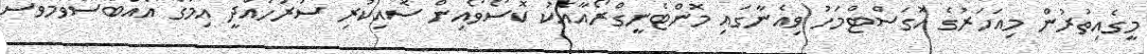
މީގެއިތުރުން މިއަހަރުގެ އޮގަސްޓްމަހު ވިއެނާގައި މޮންޓެނީގްރޯއާއެކު ކޮސޯވޯއިން ސޮއިކުރި ސަރަހައްދީ އިމުގެ އެއްބަސްވުމާވެސް